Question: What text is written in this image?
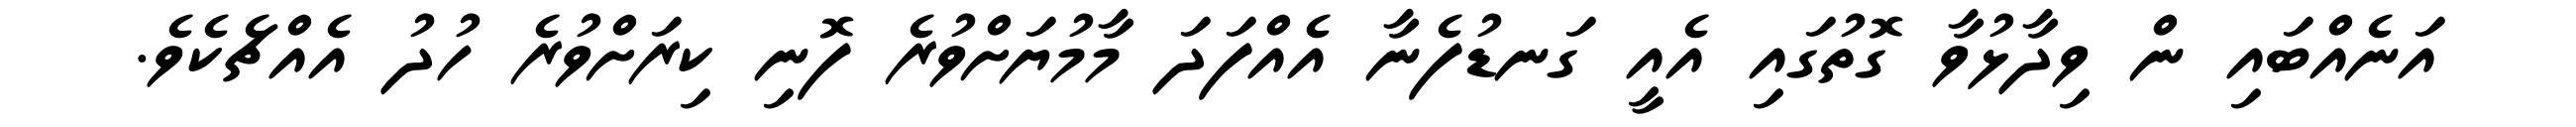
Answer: އަނެއްބައި ން ވިދާޅުވާ ގޮތުގައި އެއީ ގަނޑުފެނާ އެއްފަދަ މާމުޔަށްވުރެ ފޮނި ކިރަށްވުރެ ހުދު އެއްޗެކެވެ.